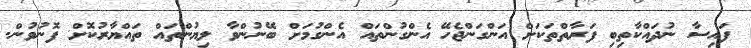
ފައިސާ ނުދައްކާތިބި ފަރާތްތަކަށް އަންގަންޖެހޭ އެންގުންތައް އެންގުމަށް ބޭނުންވާ ލިޔުންތައް ތައްޔާރުކޮށް ފޮނުވުން.